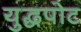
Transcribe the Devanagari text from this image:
युद्धपोट